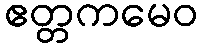
ဧတ္တကမေဝ